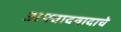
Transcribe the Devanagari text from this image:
अपवादवादाचे